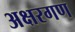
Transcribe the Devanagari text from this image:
अक्षरगण